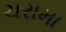
ચરામા